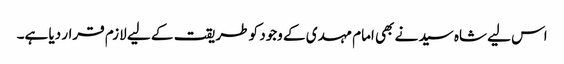
اس لیے شاہ سید نے بھی امام مہدی کے وجود کو طریقت کے لیے لازم قرار دیا ہے۔